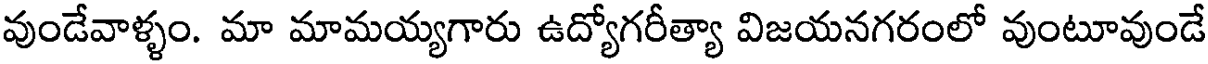
వుండేవాళ్ళం. మా మామయ్యగారు ఉద్యోగరీత్యా విజయనగరంలో వుంటూవుండే